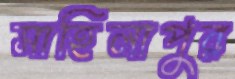
সাহিলাপুর